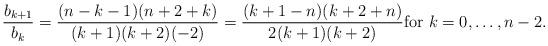
LaTeX: \begin{align*} \frac{b_{k+1}}{b_k} = \frac{(n-k-1)(n+2+k)}{(k+1)(k+2)(-2)} = \frac{(k+1-n)(k+2+n)}{2(k+1)(k+2)} \hbox{for $k =0, \ldots, n-2$.} \end{align*}